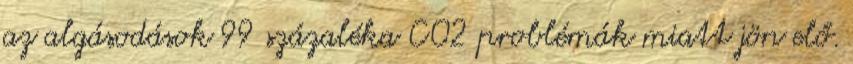
az algásodások 99 százaléka CO2 problémák miatt jön elő.